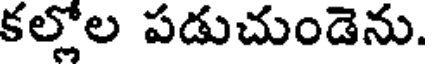
కల్లోల పడుచుండెను.